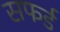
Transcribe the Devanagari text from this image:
सफर्ड